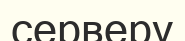
серверу